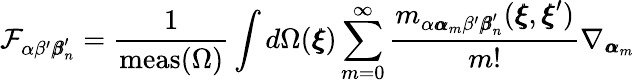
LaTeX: \mathcal{F}_{\alpha\beta^{\prime}{\pmb\beta}_{n}^{\prime}}=\frac{1}{\mathrm{meas}({\Omega})}\int d\Omega({\pmb\xi})\sum_{m=0}^{\infty}\frac{m_{\alpha{\pmb\alpha}_{m}\beta^{\prime}{\pmb\beta}_{n}^{\prime}}({\pmb\xi},{\pmb\xi}^{\prime})}{m!}\nabla_{{\pmb\alpha}_{m}}